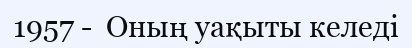
1957 -  Оның уақыты келеді